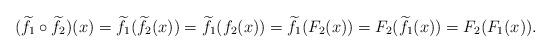
LaTeX: \begin{align*}(\widetilde{f_1}\circ \widetilde{f_2})(x)=\widetilde{f_1}(\widetilde{f_2}(x))=\widetilde{f_1}(f_2(x))=\widetilde{f_1}(F_2(x))=F_2(\widetilde{f_1}(x))=F_2(F_1(x)).\end{align*}